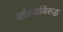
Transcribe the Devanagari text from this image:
वर्चस्वाविरुद्ध